Annual report of the Imperial Bacteriological Laboratory, Muktesar
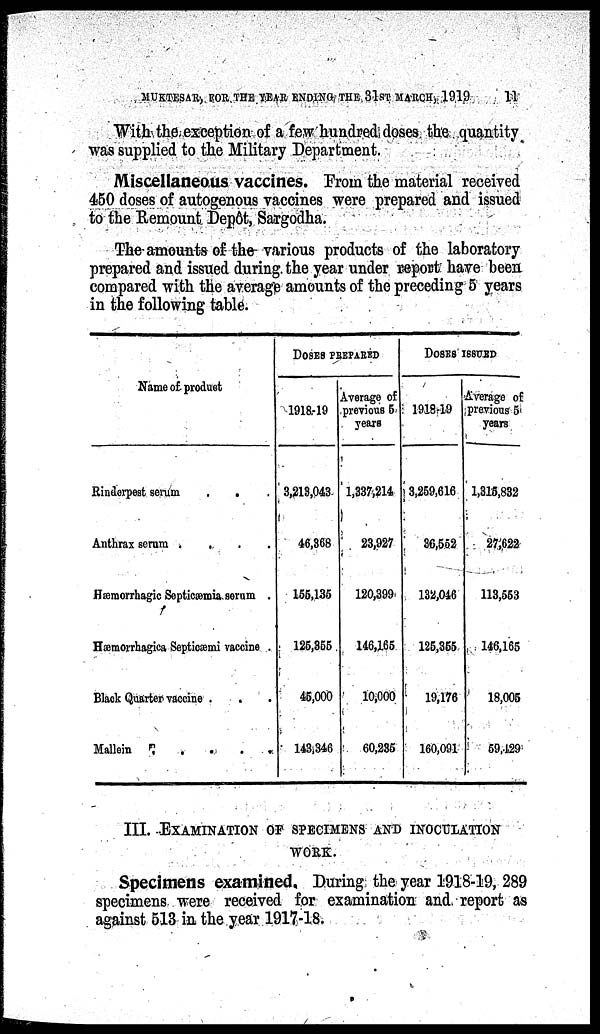
MUKTESAR, FOR THE YEAR ENDING THE 31ST MARCH, 1919
11
With the exception of a few hundred doses the quantity
was supplied to the Military Department.
Miscellaneous vaccines. From the material received
450 doses of autogenous vaccines were prepared and issued
to the Remount Depôt, Sargodha.
The amounts of the various products of the laboratory
prepared and issued during the year under report have been
compared with the average amounts of the preceding 5 years
in the following table.
Name of product
Rinderpest serum
.
.
Anthrax serum
....
Hæmorrhagic Septicæmia serum .
Hæmorrhagica Septicæmi vaccine .
Black Quarter vaccine .
Mallein
.
.
.
.
.
DOSES PREPARED
1918-19
3,213,043
46,368
155,135
125,355
45,000
143,346
Average of
previous 5
years
1,337,214
23,927
120,399
146,165
10,000
60,235
DOSES
1918-19
3,259,616
36,552
132,046
125,355
19,176
160,091
ISSUED
Average of
previous 5
years
1,315,832
27,622
113,553
146,165
18,005
59,429
III. EXAMINATION OF SPECIMENS AND INOCULATION
WORK.
Specimens examined. During the year 1918-19, 289
specimens were received for examination and report as
against 513 in the year 1917-18.